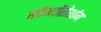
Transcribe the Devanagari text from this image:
मॉज्यॉरोर्शाग